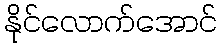
နိုင်လောက်အောင်